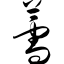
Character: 薷